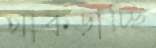
থাক্‌ড়াচ্ছি